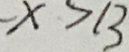
X > 1 3